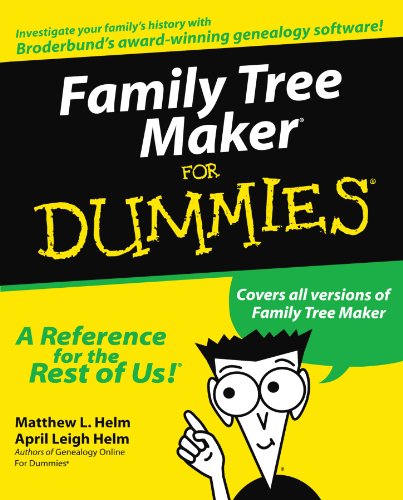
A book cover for Family Tree Maker For Dummies; Matthew L. Helm; Reference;